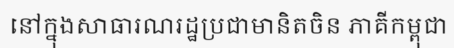
នៅក្នុងសាធារណរដ្ឋប្រជាមានិតចិន ភាគីកម្ពុជា